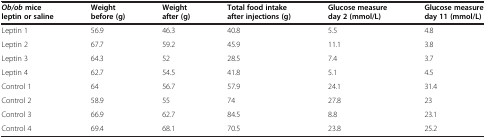
| Ob/ob mice leptin or saline | Weight before (g) | Weight after (g) | Total food intake after injections (g) | Glucose measure day 2 (mmol/L) | Glucose measure day 11 (mmol/L) |
 | --- | --- | --- | --- | --- | --- |
 | Leptin 1 | 56.9 | 46.3 | 40.8 | 5.5 | 4.8 |
 | Leptin 2 | 67.7 | 59.2 | 45.9 | 11.1 | 3.8 |
 | Leptin 3 | 64.3 | 52 | 28.5 | 7.4 | 3.7 |
 | Leptin 4 | 62.7 | 54.5 | 41.8 | 5.1 | 4.5 |
 | Control 1 | 64 | 56.7 | 57.9 | 24.1 | 31.4 |
 | Control 2 | 58.9 | 55 | 74 | 27.8 | 23 |
 | Control 3 | 66.9 | 62.7 | 84.5 | 8.8 | 23.1 |
 | Control 4 | 69.4 | 68.1 | 70.5 | 23.8 | 25.2 |